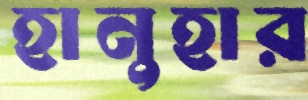
হানুহার